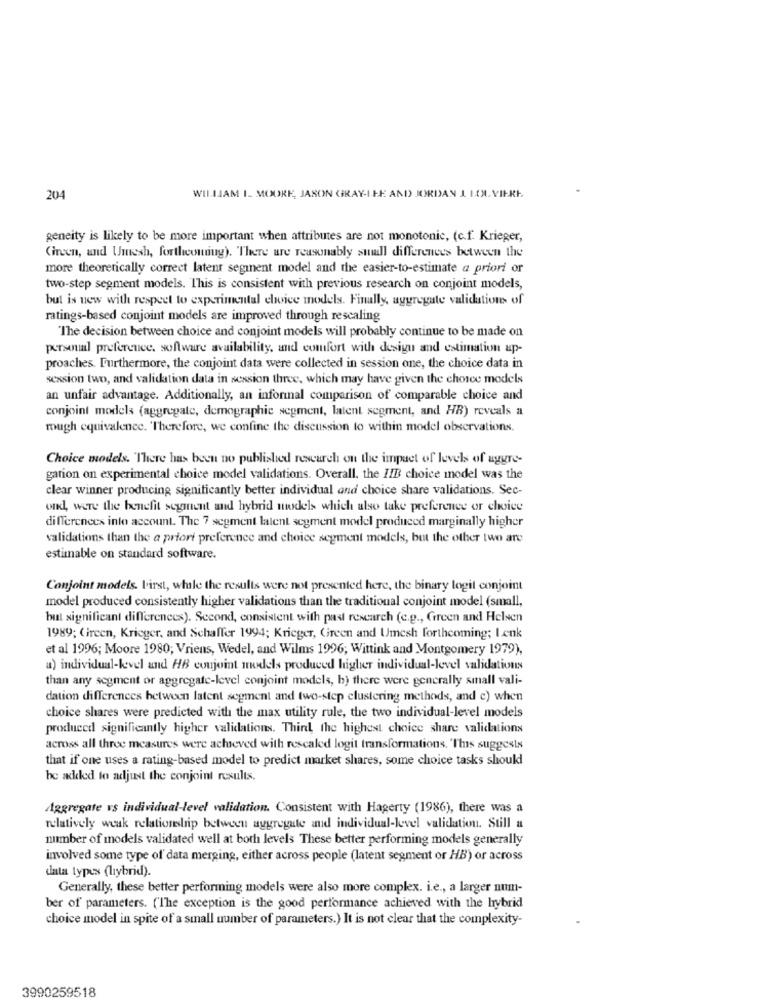
204
WILLIAM I. MOORE, JASON GRAY-I.HE AND JORDAN I LOL. VIERE.
geneity is likely to be more important when attributes are not monotonic, (c.f. Krieger,
(incen, and Wmesh, fortheonding). There are reasonably small differences between the
more theoretically correct latent segment model and the easier-to-estimate a priori or
two-step segment models. This is consistent with previous research on conjoint models,
but is new with respect to experimental choice models. Finally, aggregate validatione- of
ratings-based conjoint models are improved through rescaling
"The decision between choice and conjoint models will probably continue to be made on
personal preference. software availability, and comfort with design and estimation ap-
proaches. Furthermore, the conjoint data were collected in session one, the choice data in
session two, and validation data in session three, which may have given the choice models
an unfair advantage. Additionally, an informal comparison of comparable choice and
conjoint models (aggregate, demographic segment, latent segment, and HR) reveals a
mugh equivalence. Therefore, we confine the discussion to within model observations.
Choice models. There has been no published research on the impact of levels of aggre-
garion on experimental choice model validations. Overall, the IIB choice model was the
clear winner producing significantly better individual and choice share validations. Sec-
ond, were the benefit segment and hybrid models which also take preference or choice
differences into account. The 7 segment latent segment model produced marginally higher
validations than the a priori preference and choice segment models, but the other two are
estimable on standard software.
Conjoint models. L'irst, whale the results were not presented here, the binary logil conjoint
model produced consistently higher validations than the traditional conjoint model (small,
but significant differences). Second, consistent with past research (e.g ., Green and Helsen
1989; (ireen, Krieger, and Schaffer 1994; Krieger, Green and Umesh forthcoming; Lenk
et al 1996; Moore 1980; Vriens, Wedel, and Wilms 1996; Wittink and Montgomery 1979),
a) individual-level and HB conjoint models produced higher individual-level validations
than any segment or aggregate-level conjoint models, b) there were generally small vali-
dation differences between latent segment and two-step clustering methods, and e) when
choice shares were predicted with the max utility rule, the two individual-level models
produced significantly higher validations. Third, the highest choice share validations
across all three measures were achieved with rescaled logit transformations. 'This suggests
that if one uses a rating-based model to predict market shares, some choice tasks should
he added to adjust the conjoint results.
Aggregate vs individual-level validation. Consistent with Hagerty (1986), there was a
relatively weak relationship between aggregate and individual-level validation. Still a
number of models validated well at both levels These better performing models generally
involved some type of data merging, either across people (latent segment or HB) or across
data types (hybrid).
Generally, these better performing models were also more complex. i.e ., a larger num-
ber of parameters. (The exception is the good performance achieved with the hybrid
choice model in spite of a small number of parameters.) It is not clear that the complexity-
3990259518